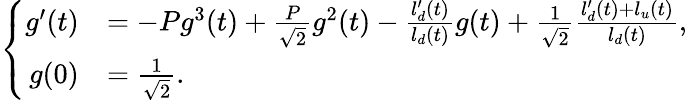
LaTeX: \left\{ \begin{array}{rl}{g^{\prime}(t)}&{=-Pg^{3}(t)+\frac{P}{\sqrt{2}}g^{2}(t)-\frac{l_{d}^{\prime}(t)}{l_{d}(t)}g(t)+\frac{1}{\sqrt{2}}\frac{l_{d}^{\prime}(t)+l_{u}(t)}{l_{d}(t)},}\\ {g(0)}&{=\frac{1}{\sqrt{2}}.}\end{array}\right.